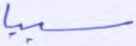
سببا